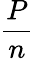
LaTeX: \frac{P}{n}